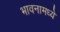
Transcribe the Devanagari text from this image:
भावनामध्ये